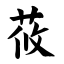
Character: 莜